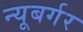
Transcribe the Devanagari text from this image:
न्यूबर्गर